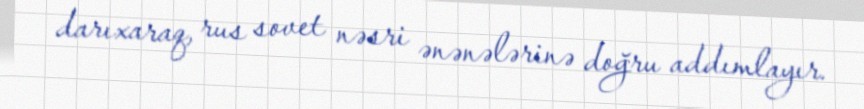
darıxaraq, rus sovet nəsri ənənələrinə doğru addımlayır.